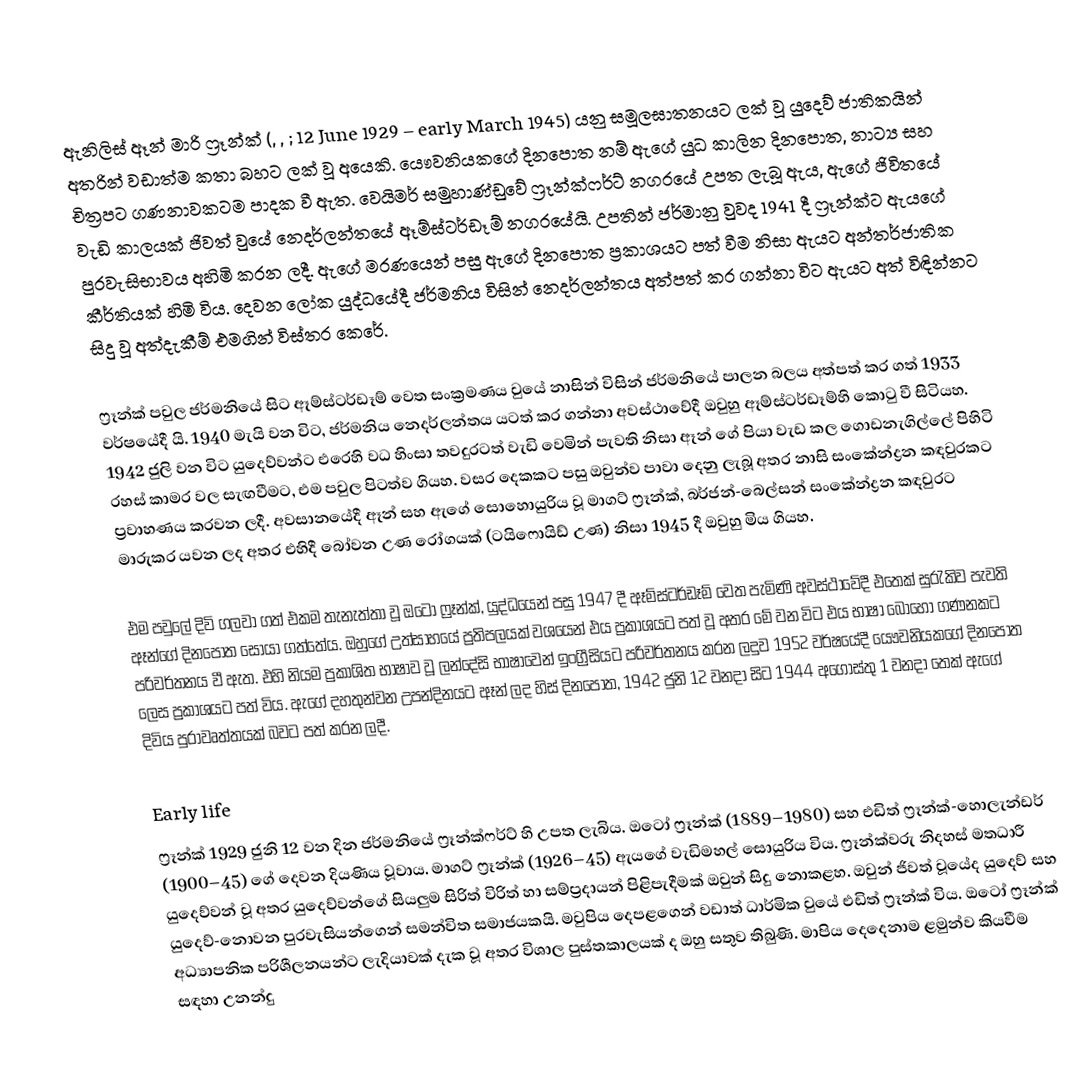
ඇනිලිස් ඈන් මාරි ෆ්‍රෑන්ක් (, , ; 12 June 1929 – early March 1945) යනු සමූලඝාතනයට ලක් වූ යුදෙව් ජාතිකයින් අතරින් වඩාත්ම කතා බහට ලක් වූ අයෙකි. යෞවනියකගේ දිනපොත නම් ඇගේ යුධ කාලින දිනපොත, නාට්‍ය සහ චිත්‍රපට ගණනාවකටම පාදක වී ඇත. වෙයිමර් සමුහාණ්ඩුවේ ෆ්‍රෑන්ක්ෆර්ට් නගරයේ උපත ලැබූ ඇය, ඇගේ ජිවිතයේ වැඩි කාලයක් ජිවත් වුයේ නෙදර්ලන්තයේ ඈම්ස්ටර්ඩෑම් නගරයේයි. උපතින් ජර්මානු වුවද 1941 දී ෆ්‍රෑන්ක්ට ඇයගේ පුරවැසිභාවය අහිමි කරන ලදී. ඇගේ මරණයෙන් පසු ඇගේ දිනපොත ප්‍රකාශයට පත් වීම නිසා ඇයට අන්තර්ජාතික කීර්තියක් හිමි විය. දෙවන ලෝක යුද්ධයේදී ජර්මනිය විසින් නෙදර්ලන්තය අත්පත් කර ගන්නා විට ඇයට අත් විඳින්නට සිදු වූ අත්දැකීම් එමගින්     විස්තර කෙරේ.

ෆ්‍රෑන්ක් පවුල ජර්මනියේ සිට ඈම්ස්ටර්ඩෑම් වෙත සංක්‍රමණය වුයේ නාසින් විසින් ජර්මනියේ පාලන බලය අත්පත් කර ගත් 1933 වර්ෂයේදී යි. 1940 මැයි වන විට, ජර්මනිය නෙදර්ලන්තය යටත් කර ගන්නා අවස්ථාවේදී ඔවුහු ඈම්ස්ටර්ඩෑම්හි කොටු වී සිටියහ. 1942 ජුලි වන විට යුදෙව්වන්ට එරෙහි වධ හිංසා තවදුරටත් වැඩි වෙමින් පැවති නිසා ඈන් ගේ පියා වැඩ කල ගොඩනැගිල්ලේ පිහිටි රහස් කාමර වල සැඟවීමට, එම පවුල පිටත්ව ගියහ. වසර දෙකකට පසු ඔවුන්ව පාවා දෙනු ලැබූ අතර නාසි සංකේන්ද්‍රන කඳවුරකට ප්‍රවාහණය කරවන ලදී. අවසානයේදී ඈන් සහ ඇගේ සොහොයුරිය වූ මාගට් ෆ්‍රෑන්ක්, බර්ජන්-බෙල්සන් සංකේන්ද්‍රන කඳවුරට මාරුකර යවන ලද අතර එහිදී බෝවන උණ රෝගයක් (ටයිෆොයිඩ් උණ)  නිසා 1945 දී ඔවුහු මිය ගියහ.

එම පවුලේ දිවි ගලවා ගත් එකම තැනැත්තා වූ ඔටෝ ෆ්‍රෑන්ක්, යුද්ධයෙන් පසු 1947 දී ඈම්ස්ටර්ඩෑම් වෙත පැමිණි අවස්ථාවේදී එතෙක් සුරැකිව පැවති ඈන්ගේ දිනපොත සොයා ගත්තේය. ඔහුගේ උත්සාහයේ ප්‍රතිපලයක් වශයෙන් එය ප්‍රකාශයට පත් වූ අතර මේ වන විට එය භාෂා බොහෝ ගණනකට පරිවර්තනය වී ඇත. එහි නියම ප්‍රකාශිත භාෂාව වූ ලන්දේසි භාෂාවෙන් ඉංග්‍රීසියට පරිවර්තනය කරන ලදුව 1952 වර්ෂයේදී යෞවනියකගේ දිනපොත ලෙස ප්‍රකාශයට පත් විය. ඇගේ දහතුන්වන උපන්දිනයට ඈන් ලද හිස් දිනපොත, 1942 ජුනි 12 වනදා සිට 1944 අගෝස්තු 1 වනදා තෙක් ඇගේ දිවිය පුරාවෘත්තයක් බවට පත් කරන ලදී.

Early life
ෆ්‍රෑන්ක් 1929 ජුනි 12 වන දින ජර්මනියේ ෆ්‍රෑන්ක්ෆර්ට් හි උපත ලැබිය. ඔටෝ ෆ්‍රෑන්ක් (1889–1980) සහ එඩිත් ෆ්‍රෑන්ක්-හොලැන්ඩර් (1900–45) ගේ දෙවන දියණිය වූවාය. මාගට් ෆ්‍රෑන්ක් (1926–45) ඇයගේ වැඩිමහල් සොයුරිය විය. ෆ්‍රෑන්ක්වරු නිදහස් මතධාරී යුදෙව්වන් වූ අතර යුදෙව්වන්ගේ සියලුම සිරිත් විරිත් හා සම්ප්‍රදායන්  පිළිපැදීමක් ඔවුන් සිදු නොකළහ. ඔවුන් ජිවත් වූයේද යුදෙව් සහ යුදෙව්-නොවන පුරවැසියන්ගෙන් සමන්විත සමාජයකයි. මවුපිය දෙපළගෙන් වඩාත් ධාර්මික වුයේ එඩිත් ෆ්‍රෑන්ක් විය. ඔටෝ ෆ්‍රෑන්ක් අධ්‍යාපනික පරිශීලනයන්ට ලැදියාවක් දැක වූ අතර විශාල පුස්තකාලයක් ද ඔහු සතුව තිබුණි. මාපිය දෙදෙනාම ළමුන්ව කියවීම සඳහා උනන්දු